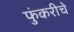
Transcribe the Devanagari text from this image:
फुंकरीचे